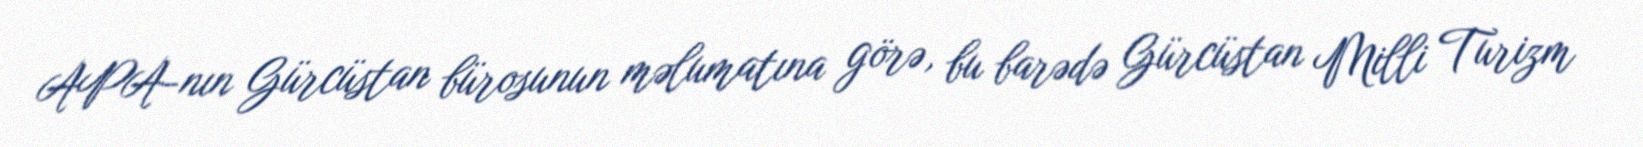
APA-nın Gürcüstan bürosunun məlumatına görə, bu barədə Gürcüstan Milli Turizm